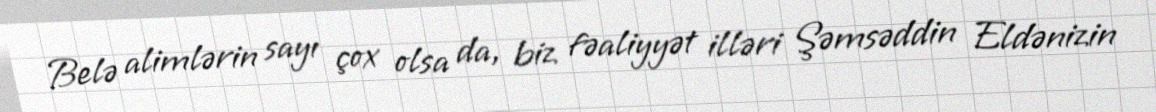
Belə alimlərin sayı çox olsa da, biz fəaliyyət illəri Şəmsəddin Eldənizin